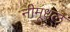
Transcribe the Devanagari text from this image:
नीमूधल